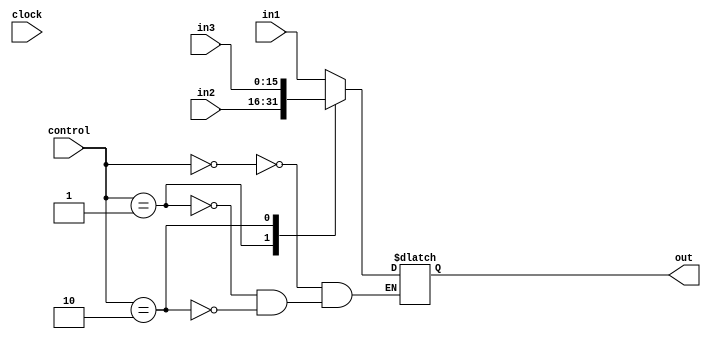
`timescale 1ns / 1ps
//////////////////////////////////////////////////////////////////////////////////
// Company: 
// Engineer: 
// 
// Design Name: 
// Module Name:    Mux4in16b 
// Project Name: 
// Target Devices: 
// Tool versions: 
// Description: 
//
// Dependencies: 
//
// Revision: 
// Revision 0.01 - File Created
// Additional Comments: 
//
//////////////////////////////////////////////////////////////////////////////////
module Mux3in16b(
   input [15:0] in1,
    input [15:0] in2,
	 input [15:0] in3,
    input [1:0] control,
    input clock,
    output reg [15:0] out
    );
always @ (in1 or in2 or in3 or control)

begin
	//out = (control == 0) ? in1 : in2;
	case(control)
		0:out = in1;
		1:out = in2;
		2:out = in3;
	endcase
end

endmodule